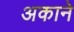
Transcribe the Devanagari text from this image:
अकाने